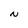
Character: N